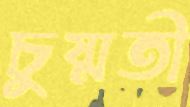
চুষ্মতী